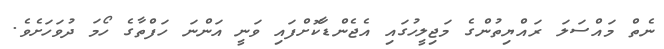
ނެތް މައްސަލަ ރައްޔިތުންގެ މަޖިލީހުގައި އެޖެންޑާކޮށްފައި ވަނީ އަންނަ ހަފްތާގެ ހޯމަ ދުވަހަށެވެ.